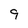
Character: 9